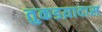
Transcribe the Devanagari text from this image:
तुकडय़ादास